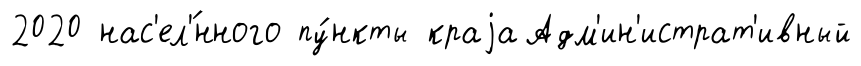
2020 нас'ел'́нного пу́нкты краjаАдм'ин'истрат'ивный